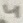
Text: 4